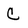
Character: C